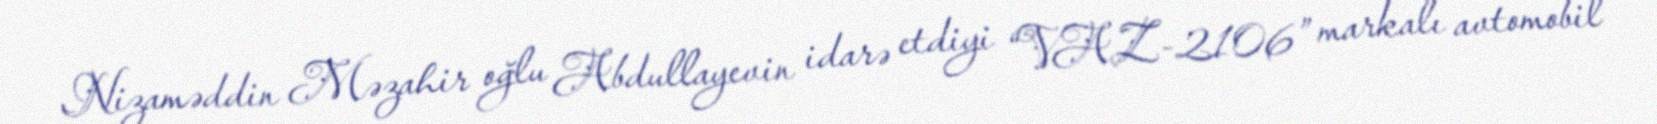
Nizaməddin Məzahir oğlu Abdullayevin idarə etdiyi “VAZ-2106” markalı avtomobil